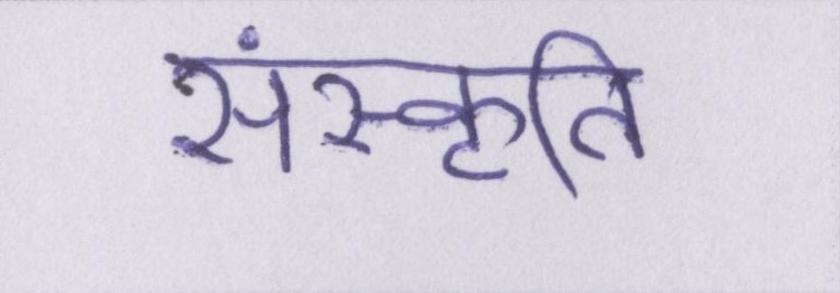
संस्कॄति